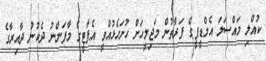
ކުއްލި މައްސަލަ އެމްޑީޕީގެ ފަރާތުން މަޖިލީހަށް ހުށަހެޅުއްވީ އެޕާޓީގެ މާފަންނު ދެކުނު ދާއިރާގެ